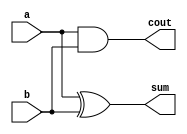
module top_module( 
    input wire a, 
    input wire b,
    output wire cout, 
    output wire sum 
);
    // Sum is a XOR b
    assign sum = a ^ b;
    // Carry-out is a AND b
    assign cout = a & b;
endmodule